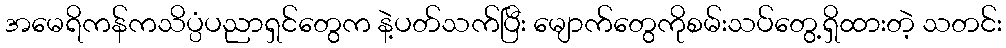
အမေရိကန်ကသိပ္ပံပညာရှင်တွေက နဲ့ပတ်သက်ပြီး မျောက်တွေကိုစမ်းသပ်တွေ့ရှိထားတဲ့ သတင်း